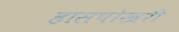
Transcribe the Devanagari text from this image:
हासपोखरी